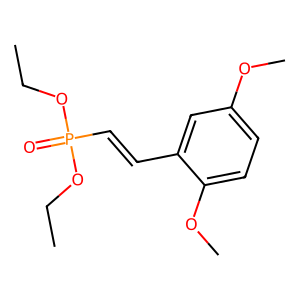
SMILES: CCOP(=O)(C=Cc1cc(OC)ccc1OC)OCC
Inhibits HIV replication: No